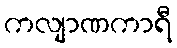
ကလျာဏကာရီ